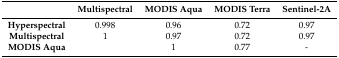
|  | Multispectral | MODIS Aqua | MODIS Terra | Sentinel-2A |
 | --- | --- | --- | --- | --- |
 | Hyperspectral | 0.998 | 0.96 | 0.72 | 0.97 |
 | Multispectral | 1 | 0.97 | 0.72 | 0.97 |
 | MODIS Aqua |  | 1 | 0.77 | - |